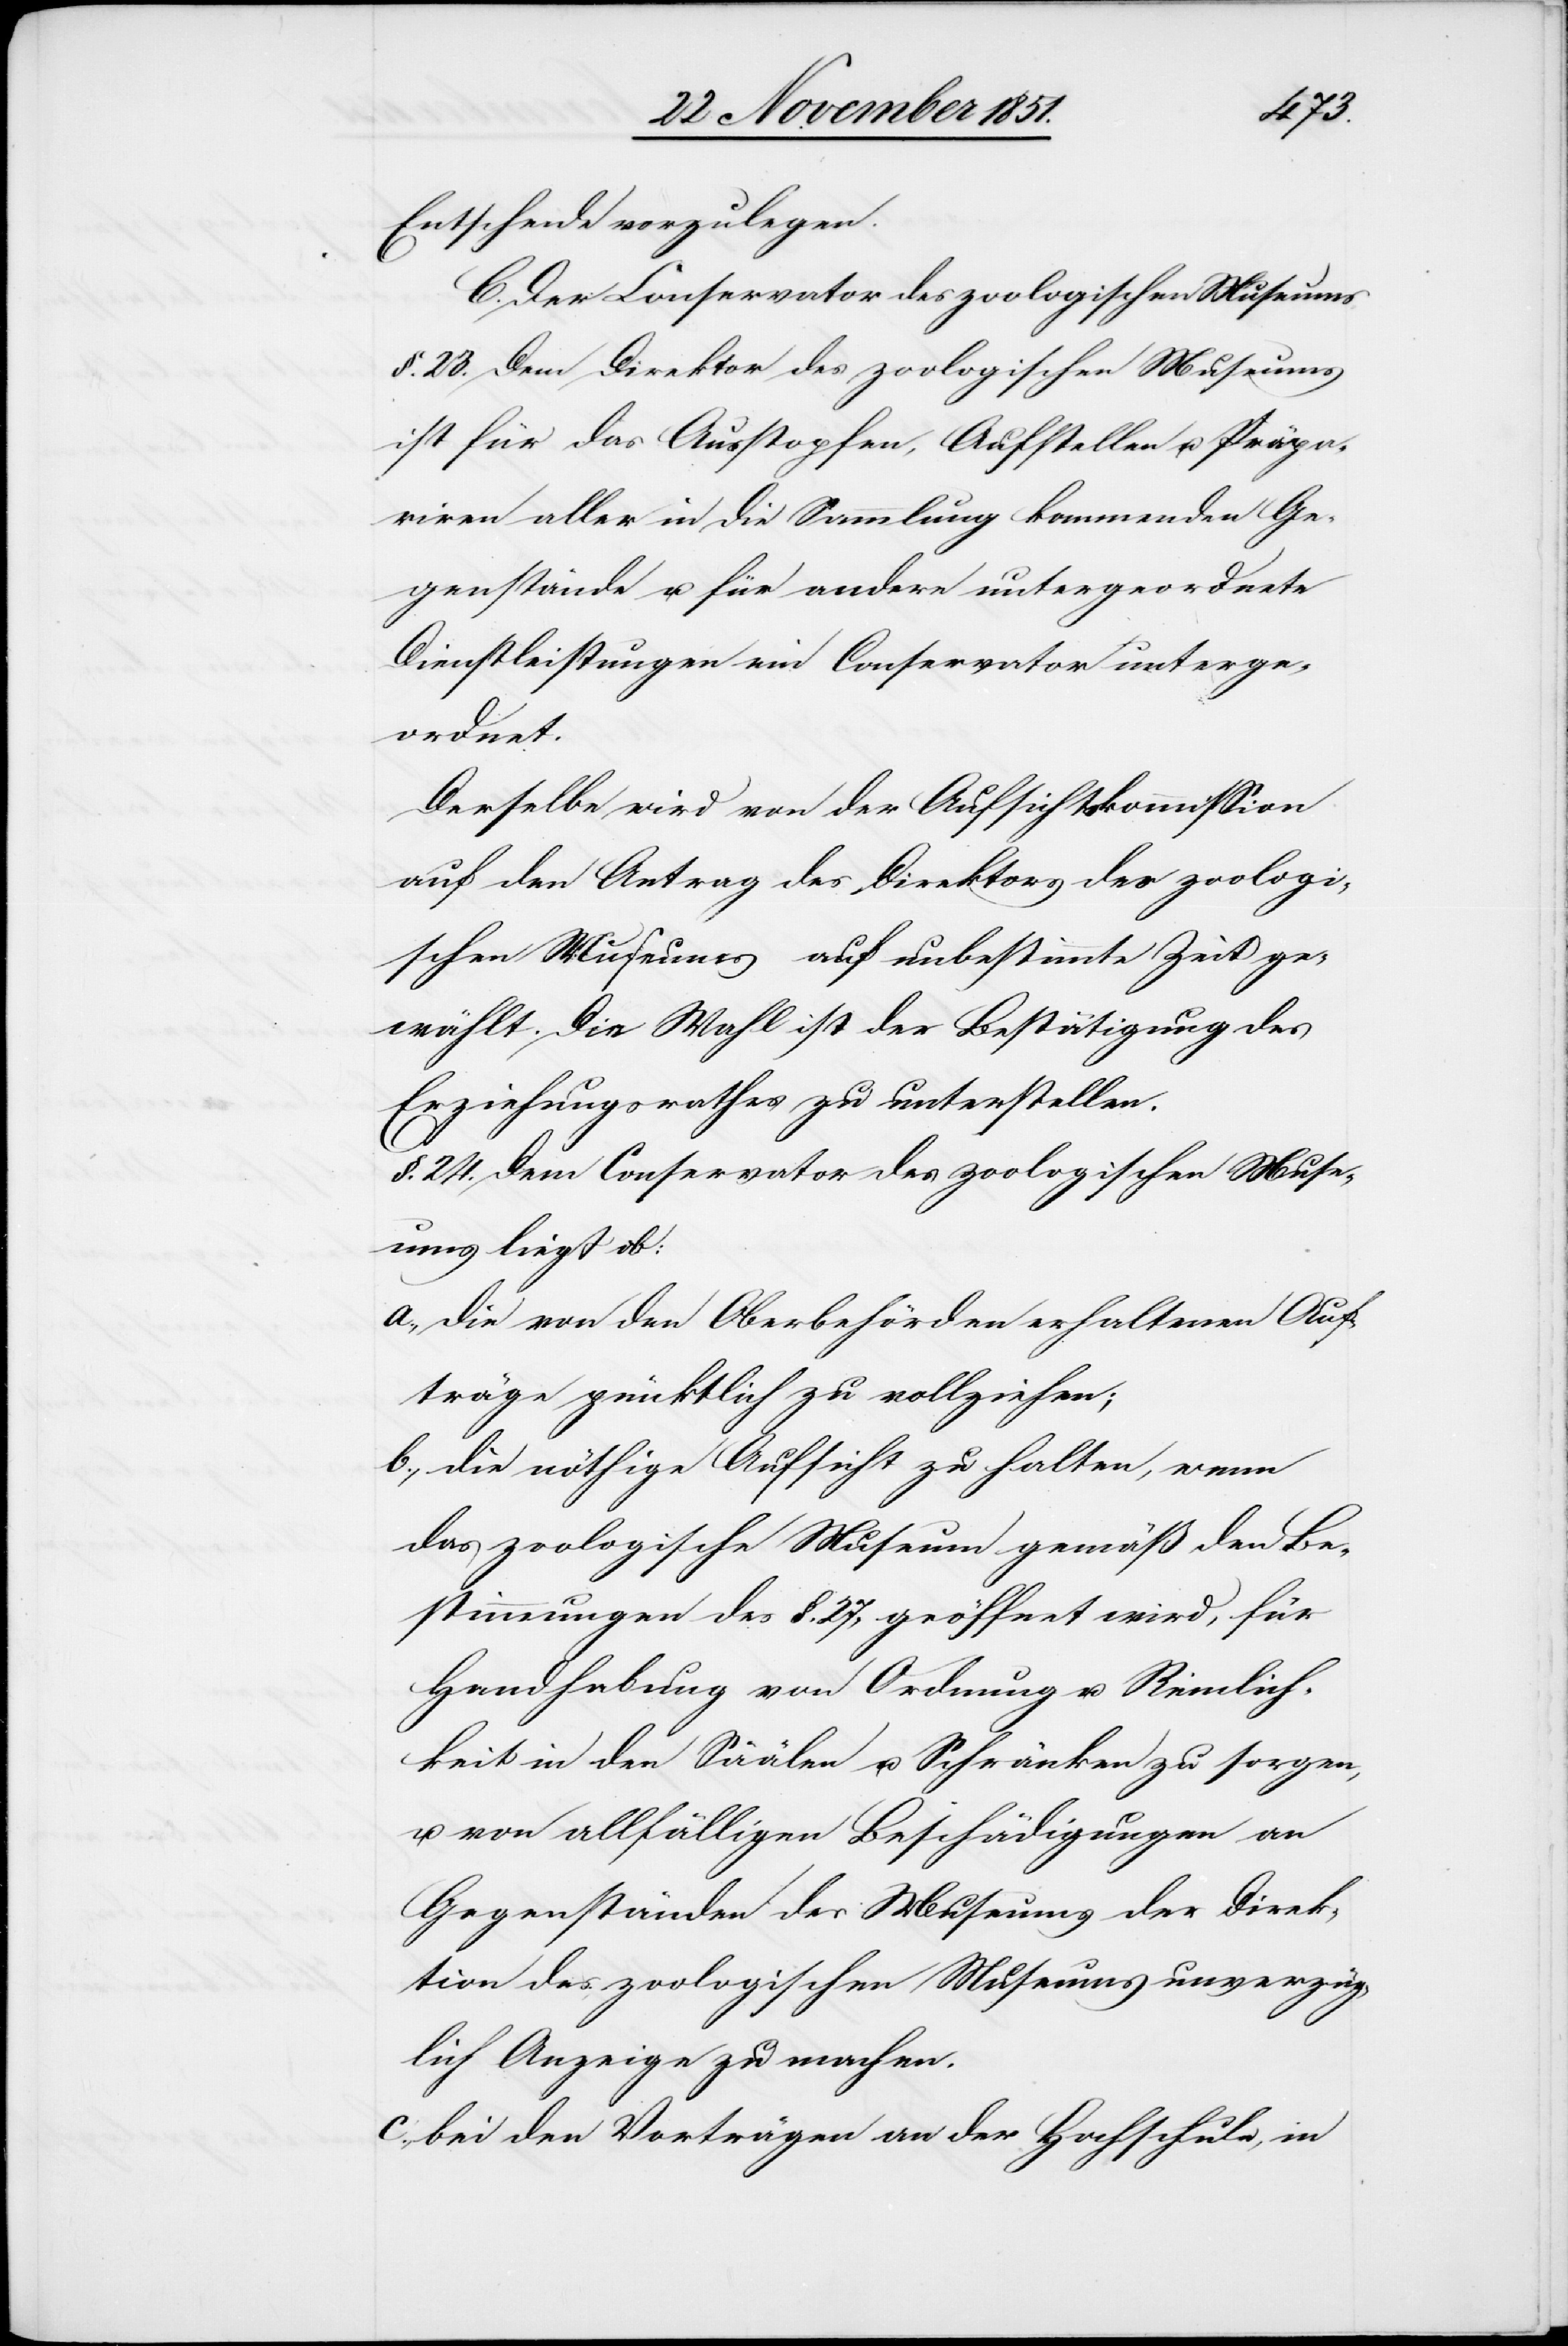
Entscheide vorzulegen.
C. Der Conservator des zoologischen Museums.
§. 23. Dem Direktor des zoologischen Museums
ist für das Ausstopfen, Aufstellen u. Präpa¬
riren aller in die Sammlung kommenden Ge¬
genstände u. für andere untergeordnete
Dienstleistungen ein Conservator unterge¬
ordnet.
Derselbe wird von der Aufsichtskommission
auf den Antrag des Direktors des zoologi¬
schen Museums auf unbestimmte Zeit ge¬
wählt. Die Wahl ist der Bestätigung des
Erziehungsrathes zu unterstellen.
§. 24. Dem Conservator des zoologischen Muse¬
ums liegt ob:
die von den Oberbehörden erhaltenen Auf¬
träge pünktlich zu vollziehen;
die nöthige Aufsicht zu halten, wenn
das zoologische Museum gemäß den Be¬
stimmungen des §. 27, geöffnet wird, für
Handhabung von Ordnung u. Reinlich¬
keit in den Säälen u. Schränken zu sorgen,
u. von allfälligen Beschädigungen an
Gegenständen des Museums der Direk¬
tion des zoologischen Museums unverzüg¬
lich Anzeige zu machen.
bei den Vorträgen an der Hochschule, in